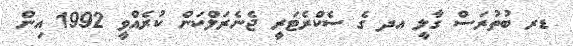
ޑރ ބުތުރަސް ގާލީ އދ ގެ ސެކްރެޓަރީ ޖެނެރަލްކަން ކުރެއްވީ 1992 އިން